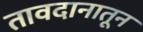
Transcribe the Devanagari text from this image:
तावदानातून